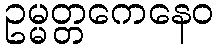
ဥမ္မတ္တကေနေဝ